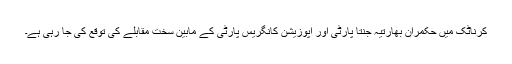
کرناٹک میں حکمران بھارتیہ جنتا پارٹی اور اپوزیشن کانگریس پارٹی کے مابین سخت مقابلے کی توقع کی جا رہی ہے۔